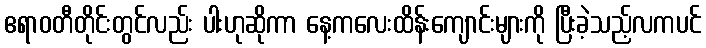
ဧရာဝတီတိုင်းတွင်လည်း ပါးဟုဆိုကာ နေ့ကလေးထိန်းကျောင်းများကို ပြီးခဲ့သည့်လကပင်